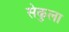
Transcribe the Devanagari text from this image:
सेकुला